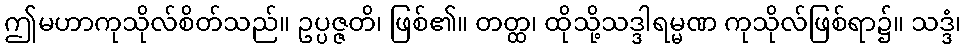
ဤမဟာကုသိုလ်စိတ်သည်။ ဥပ္ပဇ္ဇတိ၊ ဖြစ်၏။ တတ္ထ၊ ထိုသို့သဒ္ဒါရမ္မဏ ကုသိုလ်ဖြစ်ရာ၌။ သဒ္ဒံ၊